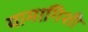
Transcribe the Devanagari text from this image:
यामागिशी